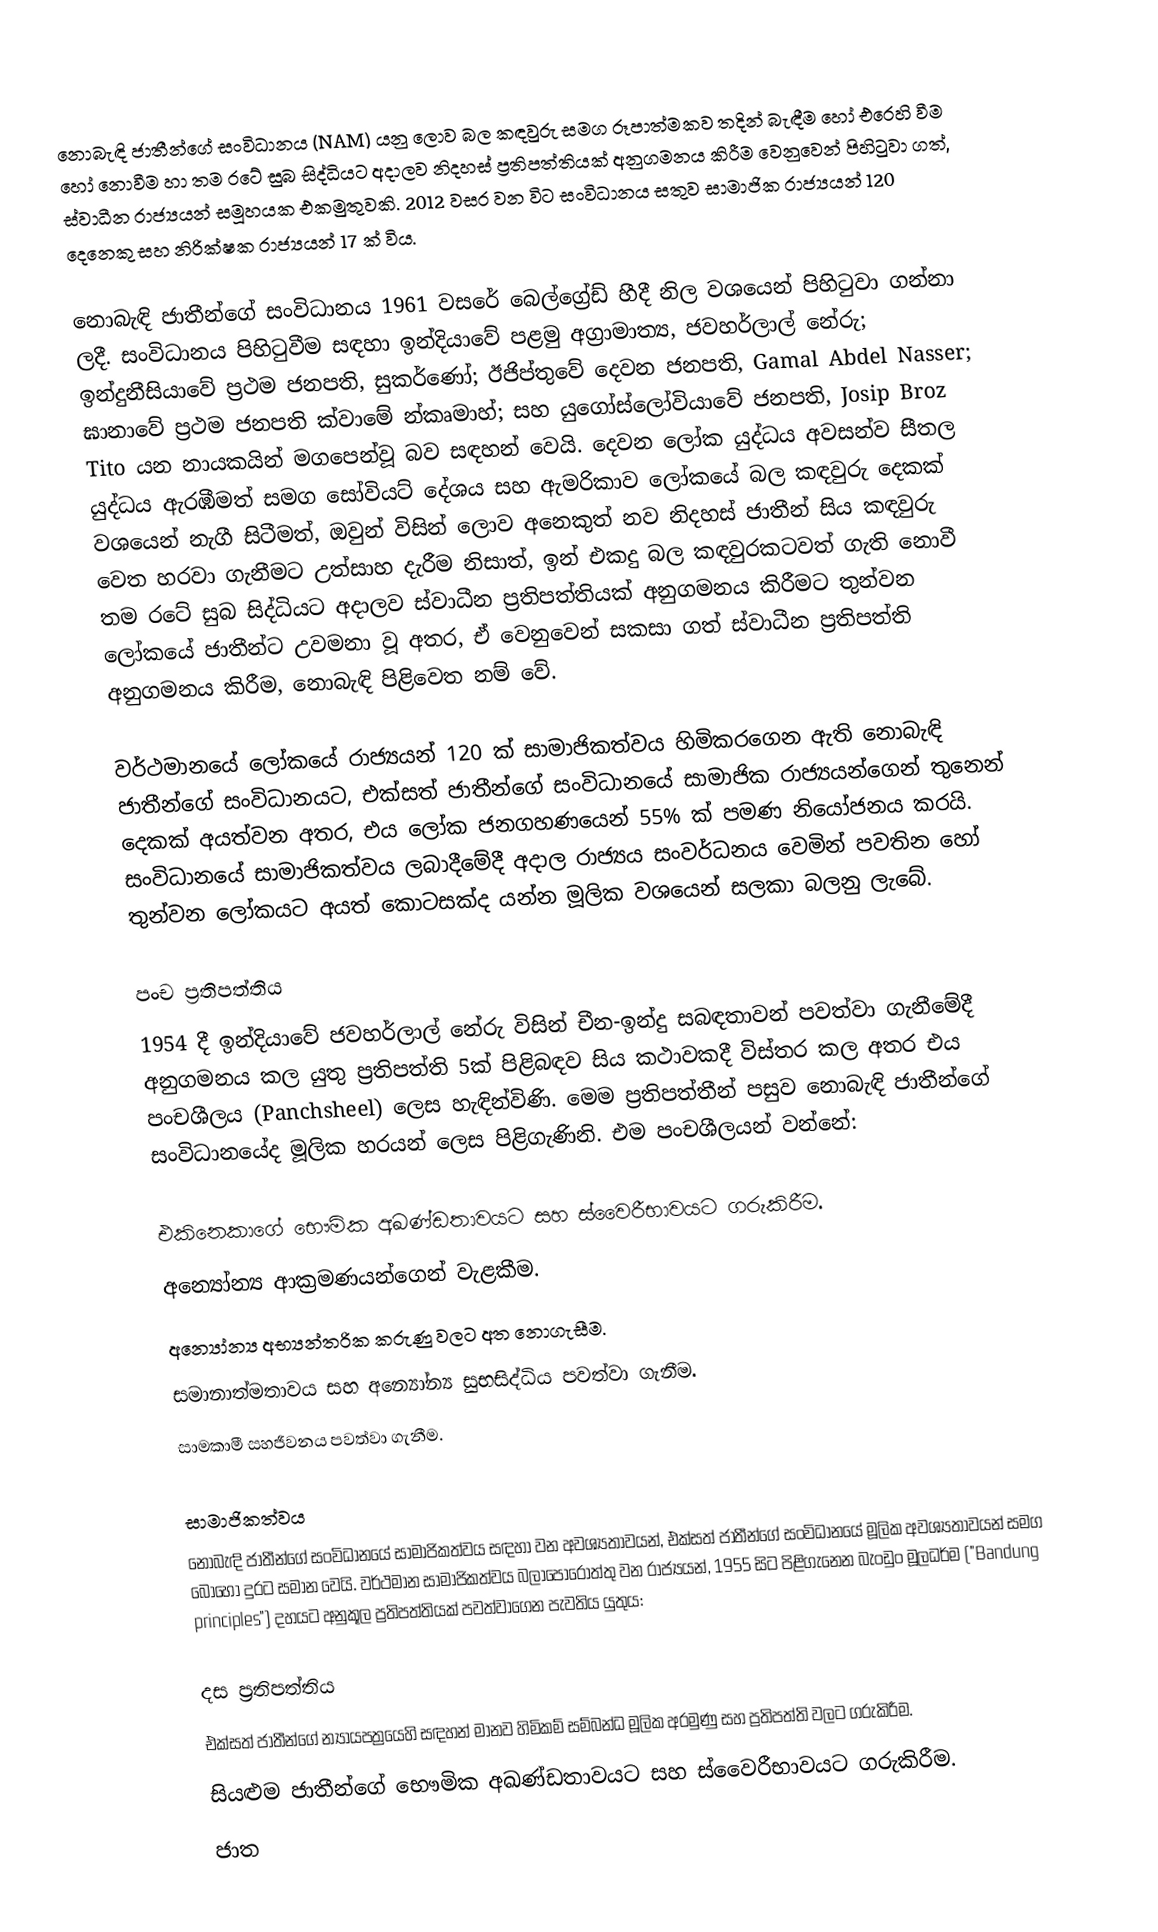
නොබැඳි ජාතීන්ගේ සංවිධානය (NAM) යනු ලොව බල කඳවුරු සමග රූපාත්මකව තදින් බැඳීම හෝ එරෙහි වීම හෝ නොවීම හා තම රටේ සුබ සිද්ධියට අදාලව නිදහස් ප්‍රතිපත්තියක් අනුගමනය කිරීම වෙනුවෙන් පිහිටුවා ගත්, ස්වාධීන රාජ්‍යයන් සමූහයක එකමුතුවකි. 2012 වසර වන විට සංවිධානය සතුව සාමාජික රාජ්‍යයන් 120 දෙනෙකු සහ නිරික්ෂක රාජ්‍යයන් 17 ක් විය.

නොබැඳි ජාතීන්ගේ සංවිධානය 1961 වසරේ බෙල්ග්‍රේඩ් හීදී නිල වශයෙන් පිහිටුවා ගන්නා ලදී. සංවිධානය පිහිටුවීම සඳහා ඉන්දියාවේ පළමු අග්‍රාමාත්‍ය, ජවහර්ලාල් නේරු; ඉන්දුනීසියාවේ ප්‍රථම ජනපති, සුකර්ණෝ; ඊජිප්තුවේ දෙවන ජනපති, Gamal Abdel Nasser; ඝානාවේ ප්‍රථම ජනපති ක්වාමේ න්කෘමාහ්; සහ යුගෝස්ලෝවියාවේ ජනපති, Josip Broz Tito යන නායකයින් මගපෙන්වූ බව සඳහන් වෙයි. දෙවන ලෝක යුද්ධය අවසන්ව සීතල යුද්ධය ඇරඹීමත් සමග සෝවියට් දේශය සහ ඇමරිකාව ලෝකයේ බල කඳවුරු දෙකක් වශයෙන් නැගී සිටීමත්, ඔවුන් විසින් ලොව අනෙකුත් නව නිදහස් ජාතීන් සිය කඳවුරු වෙත හරවා ගැනීමට උත්සාහ දැරීම නිසාත්, ඉන් එකදු බල කඳවුරකටවත් ගැති නොවී තම රටේ සුබ සිද්ධියට අදාලව ස්වාධීන ප්‍රතිපත්තියක් අනුගමනය කිරීමට තුන්වන ලෝකයේ ජාතීන්ට උවමනා වූ අතර, ඒ වෙනුවෙන් සකසා ගත් ස්වාධීන ප්‍රතිපත්ති අනුගමනය කිරීම, නොබැඳි පිළිවෙත නම් වේ.

වර්ථමානයේ ලෝකයේ රාජ්‍යයන් 120 ක් සාමාජිකත්වය හිමිකරගෙන ඇති නොබැඳි ජාතීන්ගේ සංවිධානයට, එක්සත් ජාතීන්ගේ සංවිධානයේ සාමාජික රාජ්‍යයන්ගෙන් තුනෙන් දෙකක් අයත්වන අතර, එය ලෝක ජනගහණයෙන් 55% ක් පමණ නියෝජනය කරයි. සංවිධානයේ සාමාජිකත්වය ලබාදීමේදී අදාල රාජ්‍යය සංවර්ධනය වෙමින් පවතින හෝ තුන්වන ලෝකයට අයත් කොටසක්ද යන්න මූලික වශයෙන් සලකා බලනු ලැබේ.

පංච ප්‍රතිපත්තිය
1954 දී ඉන්දියාවේ ජවහර්ලාල් නේරු විසින් චීන-ඉන්දු සබඳතාවන් පවත්වා ගැනීමේදී අනුගමනය කල යුතු ප්‍රතිපත්ති 5ක් පිළිබඳව සිය කථාවකදී විස්තර කල අතර එය පංචශීලය (Panchsheel) ලෙස හැඳින්විණි. මෙම ප්‍රතිපත්තීන් පසුව නොබැඳි ජාතීන්ගේ සංවිධානයේද මූලික හරයන් ලෙස පිළිගැණිනි. එම පංචශීලයන් වන්නේ:

 එකිනෙකාගේ භෞමික අඛණ්ඩතාවයට සහ  ස්වෛරීභාවයට ගරුකිරීම.
 අන්‍යෝන්‍ය ආක්‍රමණයන්ගෙන් වැළකීම.
 අන්‍යෝන්‍ය අභ්‍යන්තරික කරුණු වලට අත නොගැසීම.
 සමානාත්මතාවය සහ අන්‍යෝන්‍ය සුභසිද්ධිය පවත්වා ගැනීම.
 සාමකාමී සහජීවනය පවත්වා ගැනීම.

සාමාජිකත්වය
නොබැඳි ජාතීන්ගේ සංවිධානයේ සාමාජිකත්වය සඳහා වන අවශ්‍යතාවයන්, එක්සත් ජාතීන්ගේ සංවිධානයේ මූලික අවශ්‍යතාවයන් සමග බොහෝ දුරට සමාන වෙයි. වර්ථමාන සාමාජිකත්වය බලාපොරොත්තු වන රාජ්‍යයන්, 1955 සිට පිළිගැනෙන බැංඩුං මූලධර්ම ("Bandung principles") දහයට අනුකූල ප්‍රතිපත්තියක් පවත්වාගෙන පැවතිය යුතුය:

දස ප්‍රතිපත්තිය
එක්සත් ජාතීන්ගේ න්‍යායපත්‍රයෙහි සඳහන් මානව හිමිකම් සම්බන්ධ මූලික අරමුණු සහ ප්‍රතිපත්ති වලට ගරුකිරීම.
සියළුම ජාතීන්ගේ භෞමික අඛණ්ඩතාවයට සහ  ස්වෛරීභාවයට ගරුකිරීම.
ජාත